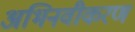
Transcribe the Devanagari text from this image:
अभिनवीकरण